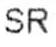
SR